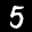
Label: 5